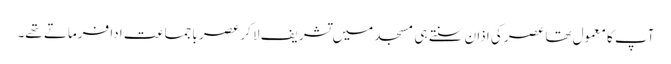
آپ کا معمول تھا عصر کی اذان سنتے ہی مسجد میں تشریف لا کر عصر باجماعت ادا فرماتے تھے۔